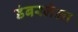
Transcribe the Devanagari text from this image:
डंबरलेला